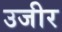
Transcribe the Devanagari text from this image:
उजीर